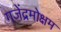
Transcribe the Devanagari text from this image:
गजेंद्रमोक्षम